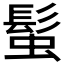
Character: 𩭃